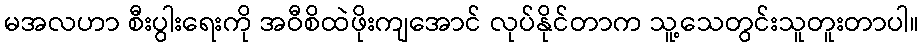
မအလဟာ စီးပွါးရေးကို အဝီစိထဲဖိုးကျအောင် လုပ်နိုင်တာက သူ့သေတွင်းသူတူးတာပါ။